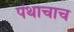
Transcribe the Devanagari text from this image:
पंथाचाच